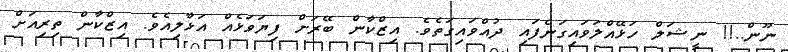
ނޫން..!! ނީޝަލް ހަޅޭއްލަވައިގަނެފައި ދުއްވައިގަތެވެ. އިޒްކާން ބޭރަށް ފިޔަވަޅެއް އަޅާލިއެވެ. އިޒްކާން ތިރިއަށް